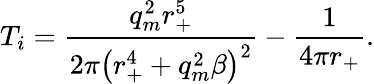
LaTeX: T_{i}=\frac{q_{m}^{2}r_{+}^{5}}{2\pi\left(r_{+}^{4}+q_{m}^{2}\beta\right)^{2}}-\frac{1}{4\pi r_{+}}.